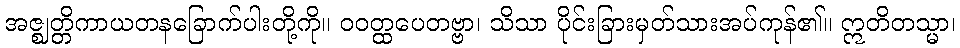
အဇ္ဈတ္တိကာယတနခြောက်ပါးတို့ကို။ ဝဝတ္ထပေတဗ္ဗာ၊ သိသာ ပိုင်းခြားမှတ်သားအပ်ကုန်၏။ ဣတိတသ္မာ၊